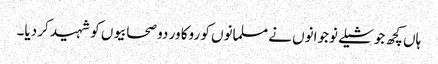
ہاں کچھ جوشیلے نوجوانوں نے مسلمانوں کو روکا ور دو صحابیوں کو شہید کر دیا۔